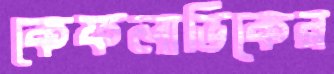
কেফলাভিকের